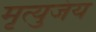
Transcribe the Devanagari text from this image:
मृत्युजंय